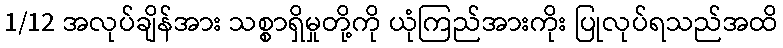
1/12 အလုပ်ချိန်အား သစ္စာရှိမှုတို့ကို ယုံကြည်အားကိုး ပြုလုပ်ရသည်အထိ